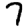
Digit: 7